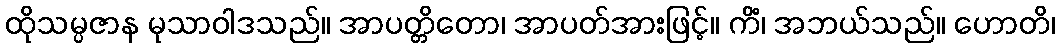
ထိုသမ္ပဇာန မုသာဝါဒသည်။ အာပတ္တိတော၊ အာပတ်အားဖြင့်။ ကိံ၊ အဘယ်သည်။ ဟောတိ၊